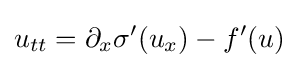
u_{tt}=\partial _{x}\sigma '(u_{x})-f'(u)